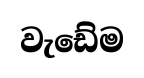
වැඩේම